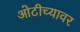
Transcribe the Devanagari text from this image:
ओटीच्यावर